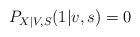
LaTeX: \begin{align*}P_{X|V,S}(1|v,s)=0\end{align*}